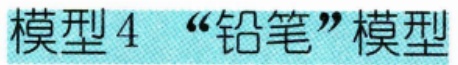
模型4 “铅笔”模型